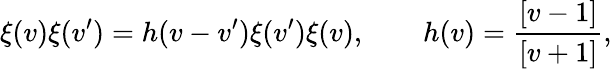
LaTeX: \xi(v)\xi(v^{\prime})=h(v-v^{\prime})\xi(v^{\prime})\xi(v),\qquad h(v)=\frac{[v-1]}{[v+1]},